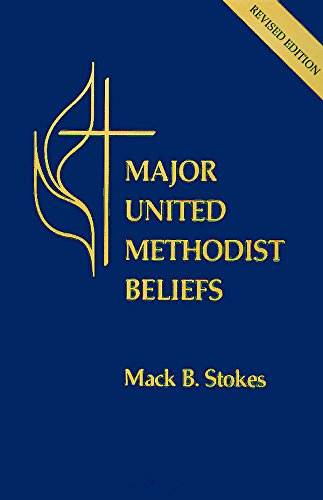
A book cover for Major United Methodist Beliefs Revised; Mack B Stokes; Christian Books & Bibles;